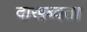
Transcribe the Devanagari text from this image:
दाखब्वता